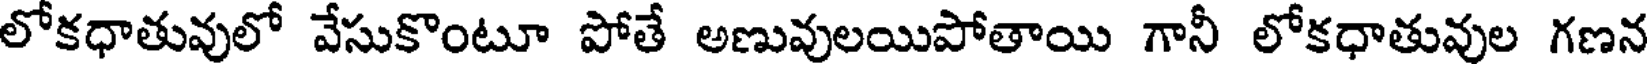
లోకధాతువులో వేసుకొంటూ పోతే అణువులయిపోతాయి గానీ లోకధాతువుల గణన